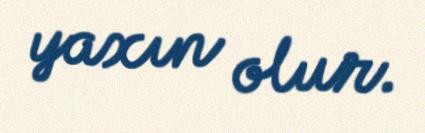
yaxın olur.